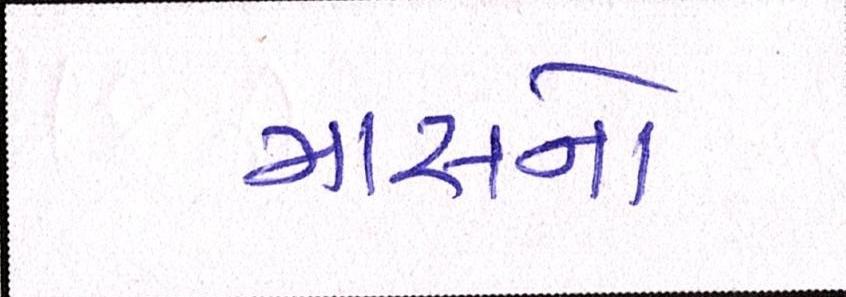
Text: માસનો